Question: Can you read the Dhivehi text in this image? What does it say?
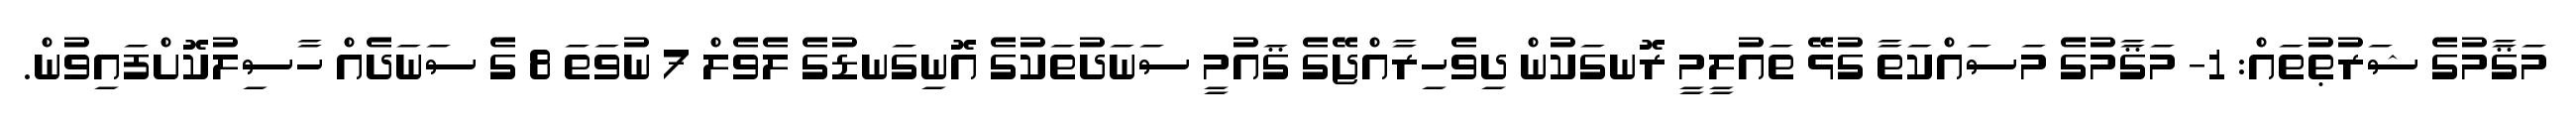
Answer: މަޤާމުގެ ޝަރުޠުތައް: 1- މަޤާމުގެ މަސައްކަތާ ގުޅޭ ތައުލީމީ ރޮނގަކުން ދިވެހިރާއްޖޭގެ ޤައުމީ ސަނަދުތަކުގެ އޮނިގަނޑުގެ ލެވެލް 7 ނުވަތަ 8 ގެ ސަނަދެއް ހާސިލުކޮށްފައިވުން.